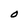
Character: O